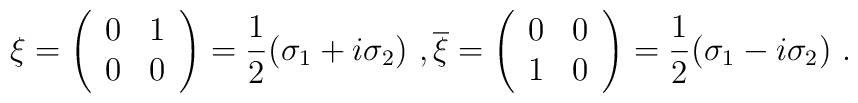
\xi=\left(\begin{array}{cc}0 & 1 \\0 & 0 \\ \end{array}\right)=\frac{1}{2}(\sigma_1+i\sigma_2) \ , \overline{\xi}=\left(\begin{array}{cc}0 & 0 \\1 & 0 \\ \end{array}\right)=\frac{1}{2}(\sigma_1-i\sigma_2) \ .